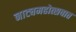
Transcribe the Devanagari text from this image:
नाट्यमहोत्सवात